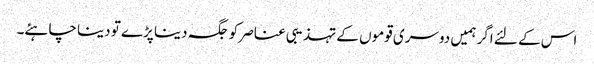
اس کے لئے اگر ہمیں دوسری قوموں کے تہذیبی عناصر کو جگہ دینا پڑے تو دینا چاہئے۔